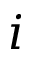
i